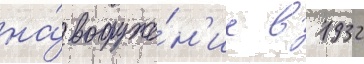
на́ вооруже́н'ие в 1932